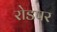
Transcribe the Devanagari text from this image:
रोडपर